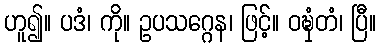
ဟူ၍။ ပဒံ၊ ကို။ ဥပသဂ္ဂေန၊ ဖြင့်။ ဝဍ္ဎှံတံ၊ ပြီ။